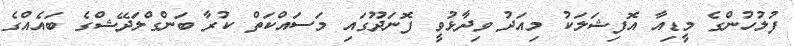
ފުލުހުންގެ މީޑިއާ އޮފިޝަލަކު މިއަދު ވިދާޅުވީ ފޮނަދޫގައި މަސައްކަތް ކުރާ ބަންގްލަދޭޝްގެ ބައެއްގެ